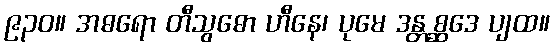
၉၃၀။ အဓရော တီသွဓော ဟီနေ၊ ပုမေ ဒန္တစ္ဆဒေ ပျထ။